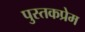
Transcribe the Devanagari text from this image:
पुस्तकप्रेम